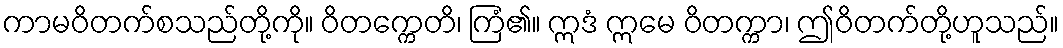
ကာမဝိတက်စသည်တို့ကို။ ဝိတက္ကေတိ၊ ကြံ၏။ ဣဒံ ဣမေ ဝိတက္ကာ၊ ဤဝိတက်တို့ဟူသည်။